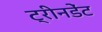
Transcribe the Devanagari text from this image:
ट्रीनडेंट